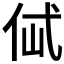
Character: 𰁶